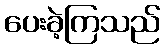
ပေးခဲ့ကြသည်